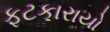
ફટકારાયો